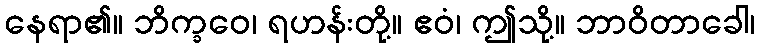
နေရာ၏။ ဘိက္ခဝေ၊ ရဟန်းတို့။ ဧဝံ၊ ဤသို့။ ဘာဝိတာခေါ၊